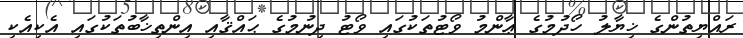
ރައްޔިތުންގެ ޚިޔާލު ހޯދުމުގެ ޢާންމު ވޯޓުތަކުގައި ވޯޓު ދިނުމުގެ ޙައްޤާއި އިންތިޚާބުތަކުގައި އެކިއެކި